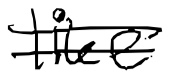
Text: like
Cross-out: double-line
Writing tool: digital_black